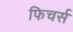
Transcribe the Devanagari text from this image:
फिचर्स